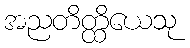
အညတိတ္ထိယေသု